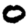
Digit: 0